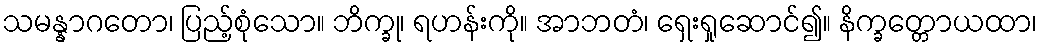
သမန္နာဂတော၊ ပြည့်စုံသော။ ဘိက္ခု၊ ရဟန်းကို။ အာဘတံ၊ ရှေးရှုဆောင်၍။ နိက္ခတ္တောယထာ၊